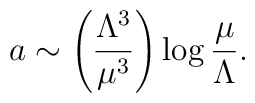
a\sim \left ({\Lambda^3\over \mu^3}\right )\log {\mu\over \Lambda}.